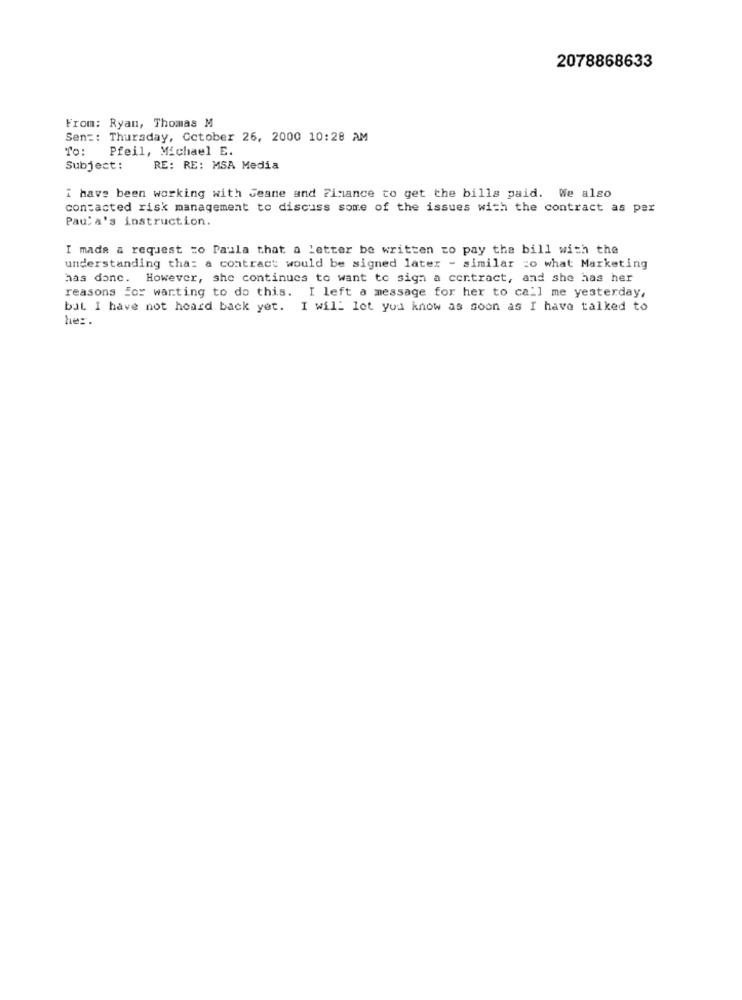
2078868633
From: Ryan, Thomas M
Sent: Thursday, October 26, 2000 10:28 AM
To: Pfeil, Michael E.
Subject:
RE: RE: MSA Media
i have been working with Jeane and Finance to get the bills paid. We also
contacted risk management to discuss some of the issues with the contract as per
Pau: a's instruction.
I mada a request =o Paula that a Letter be written to pay the bill with the
understanding tha: a contract would be signed later - similar =o what Marketing
has donc. However, she continues to want to sign a contract, and she has her
reasons For wanting to do this. I left a message for her to call me yesterday,
bil I have not heard back yet. I will let you know as soon as I have talked to
her.